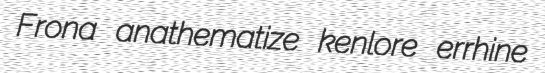
Frona anathematize kenlore errhine